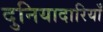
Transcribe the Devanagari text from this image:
दुनियादारियाँ